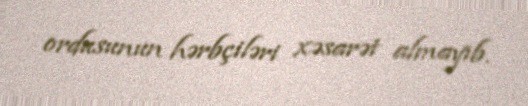
ordusunun hərbçiləri xəsarət almayıb.